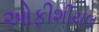
ઓફીશીયલ